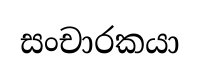
සංචාරකයා